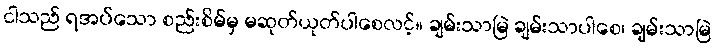
ငါသည် ရအပ်သော စည်းစိမ်မှ မဆုတ်ယုတ်ပါစေလင့်။ ချမ်းသာမြဲ ချမ်းသာပါစေ၊ ချမ်းသာမြဲ